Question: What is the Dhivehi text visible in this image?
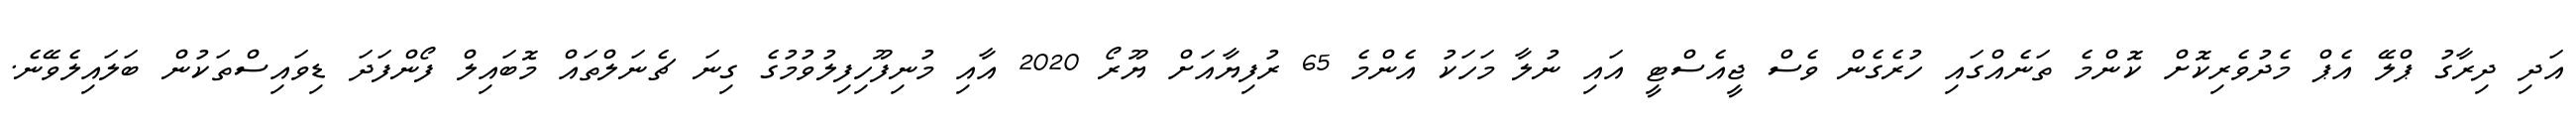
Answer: އަދި ދިރާގު ޕްލޭ އެޕް މެދުވެރިކޮށް ކޮންމެ ތަނެއްގައި ހުރެގެން ވެސް ޖީއެސްޓީ އައި ނުލާ މަހަކު އެންމެ 65 ރުފިޔާއަށް ޔޫރޯ 2020 އާއި މުނިފޫހިފިލުވުމުގެ ގިނަ ޗެނަލްތައް މޮބައިލް ފޯންފަދަ ޑިވައިސްތަކުން ބަލައިލެވޭނެ.